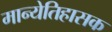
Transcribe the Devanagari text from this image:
मान्येतिहासक